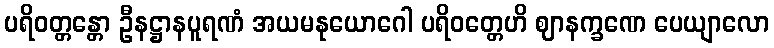
ပရိဝတ္တန္တော ဦနဋ္ဌာနပူရဏံ အယမနုယောဂေါ ပရိဝတ္တေဟိ ဈာနက္ခဏေ ပေယျာလော